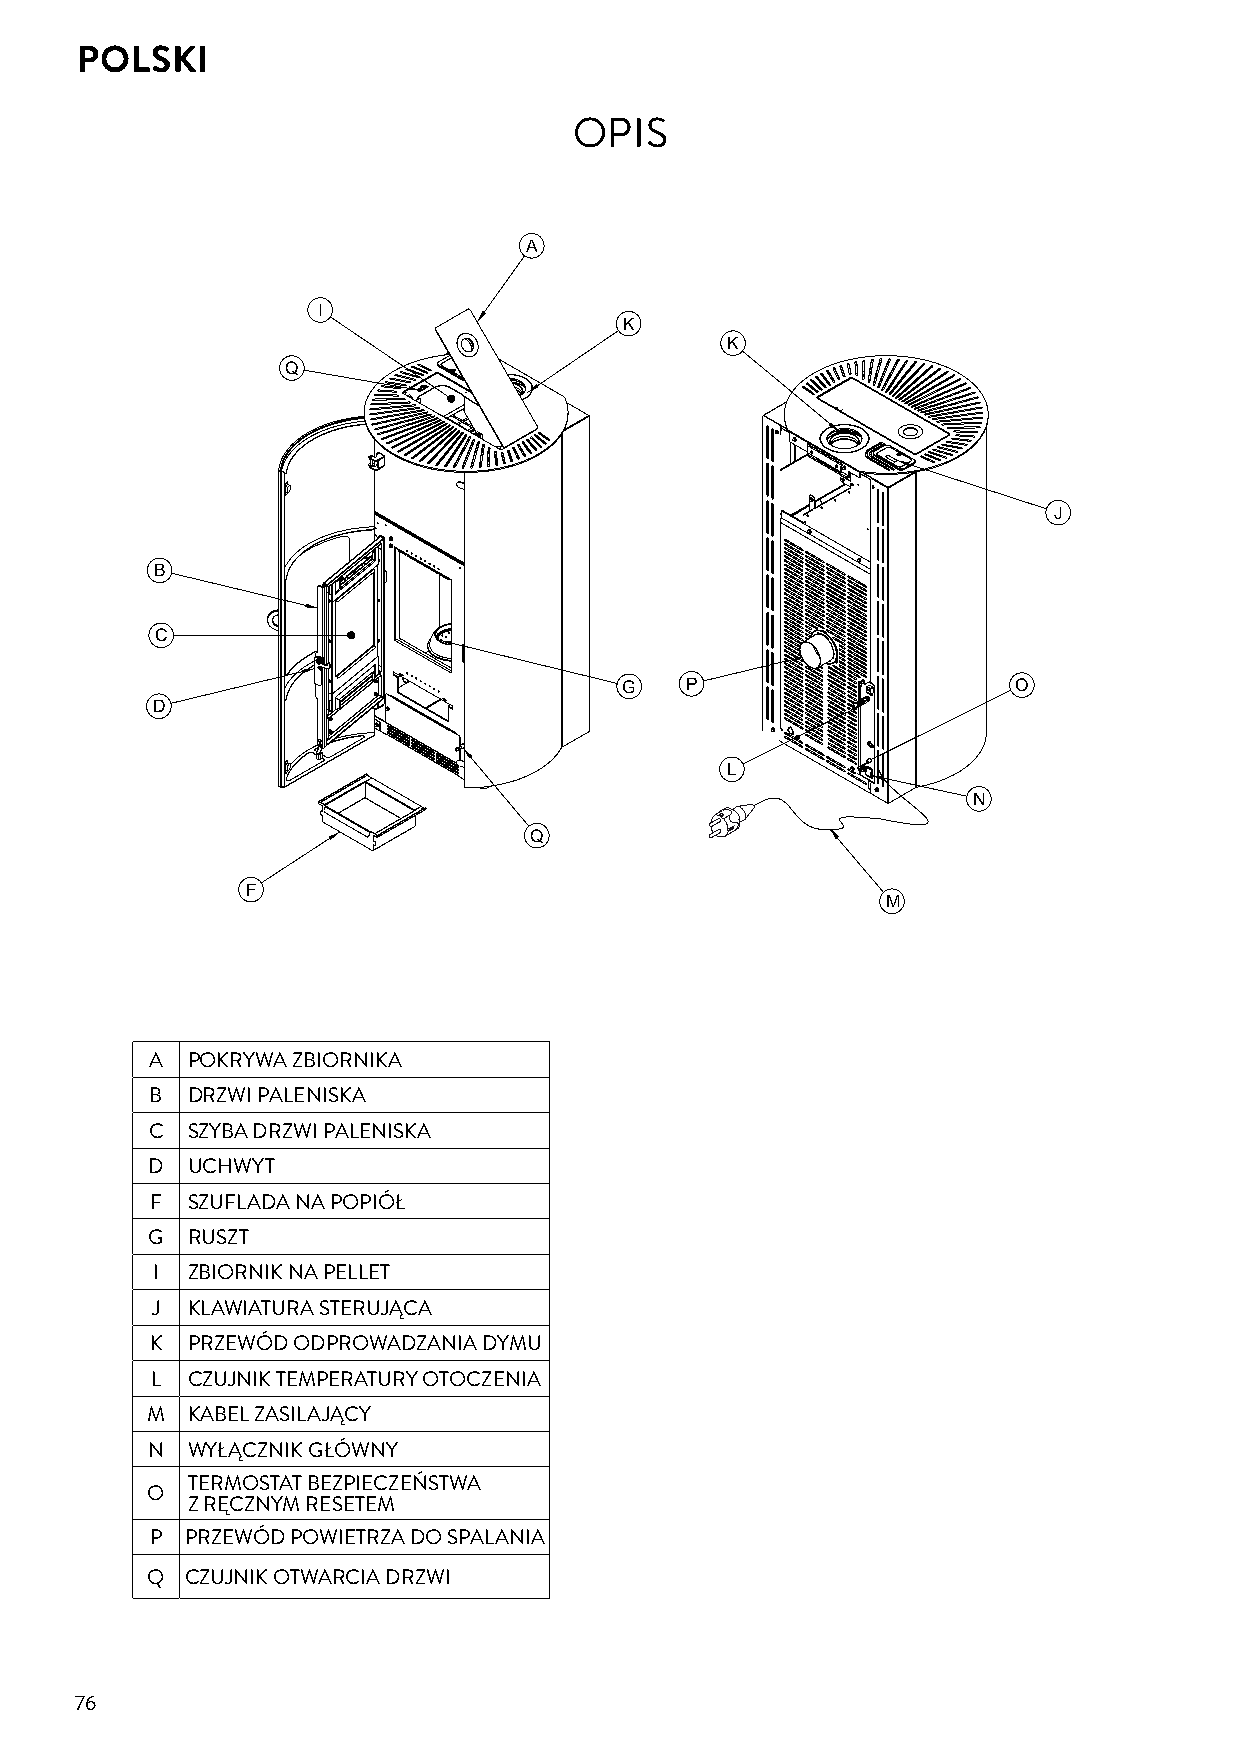
POLSKI
 OPIS
 A
 I
 K
 K
 Q
 J
 B
 C
 G   P                     O
 D
 L
 N
 Q
 F
 M
 A POKRYWA ZBIORNIKA
 B DRZWI PALENISKA
 C SZYBA DRZWI PALENISKA
 D UCHWYT
 F SZUFLADA NA POPIÓŁ
 G RUSZT
 I ZBIORNIK NA PELLET
 J KLAWIATURA STERUJĄCA
 K PRZEWÓD ODPROWADZANIA DYMU
 L CZUJNIK TEMPERATURY OTOCZENIA
 M KABEL ZASILAJĄCY
 N WYŁĄCZNIK GŁÓWNY
 TERMOSTAT BEZPIECZEŃSTWA
 O
 Z RĘCZNYM RESETEM
 P PRZEWÓD POWIETRZA DO SPALANIA
 Q CZUJNIK OTWARCIA DRZWI
 76